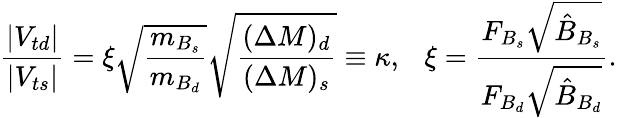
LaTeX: \frac{|V_{td}|}{|V_{ts}|}=\xi\sqrt{\frac{m_{B_{s}}}{m_{B_{d}}}}\sqrt{\frac{(\Delta M)_{d}}{(\Delta M)_{s}}}\equiv\kappa,\ \ \ \xi=\frac{F_{B_{s}}\sqrt{\hat{B}_{B_{s}}}}{F_{B_{d}}\sqrt{\hat{B}_{B_{d}}}}.